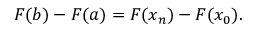
F ( b ) - F ( a ) = F ( x _ { n } ) - F ( x _ { 0 } ) .